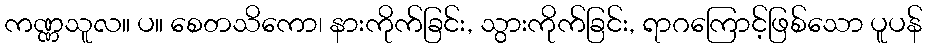
ကဏ္ဏသူလ။ ပ။ စေတသိကော၊ နားကိုက်ခြင်း, သွားကိုက်ခြင်း, ရာဂကြောင့်ဖြစ်သော ပူပန်